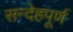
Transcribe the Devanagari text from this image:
सन्देहपूर्ण